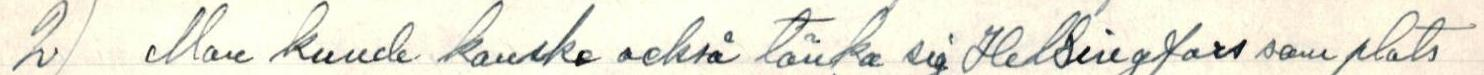
2) Man kunde kanske också tänka sig Helsingfors som plats